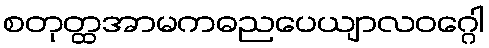
စတုတ္ထအာမကဓညပေယျာလဝဂ္ဂေါ